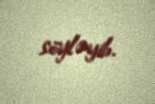
söyləyib.